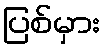
ပြစ်မှား